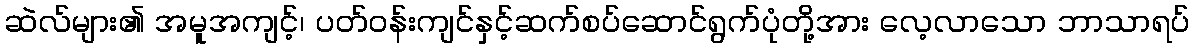
ဆဲလ်များ၏ အမူအကျင့်၊ ပတ်ဝန်းကျင်နှင့်ဆက်စပ်ဆောင်ရွက်ပုံတို့အား လေ့လာသော ဘာသာရပ်